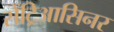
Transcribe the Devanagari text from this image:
सेंट्रिआसिनर